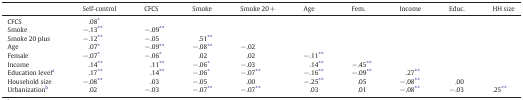
|  | Self-control | CFCS | Smoke | Smoke 20 + | Age | Fem. | Income | Educ. | HH size |
 | --- | --- | --- | --- | --- | --- | --- | --- | --- | --- |
 | CFCS | .08⁎ |  |  |  |  |  |  |  |  |
 | Smoke | −.13⁎⁎ | −.09⁎⁎ |  |  |  |  |  |  |  |
 | Smoke 20 plus | −.12⁎⁎ | −.05 | .51⁎⁎ |  |  |  |  |  |  |
 | Age | .07⁎ | −.09⁎⁎ | −.08⁎⁎ | −.02 |  |  |  |  |  |
 | Female | −.07⁎ | −.06⁎ | .02 | .02 | −.11⁎⁎ |  |  |  |  |
 | Income | .14⁎⁎ | .11⁎⁎ | −.06⁎ | −.03 | .14⁎⁎ | −.45⁎⁎ |  |  |  |
 | Education levela | .17⁎⁎ | .14⁎⁎ | −.06⁎ | −.07⁎⁎ | −.16⁎⁎ | −.09⁎⁎ | .27⁎⁎ |  |  |
 | Household size | −.08⁎⁎ | .03 | −.05 | .00 | −.25⁎⁎ | .05 | −.08⁎⁎ | .00 |  |
 | Urbanizationb | .02 | −.03 | −.07⁎⁎ | −.07⁎⁎ | .03 | .01 | −.08⁎⁎ | −.03 | .25⁎⁎ |